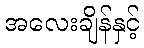
အလေးချိန်နှင့်